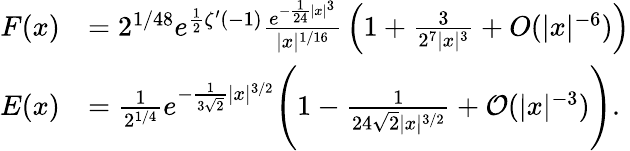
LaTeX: {\begin{array}{rl}{F(x)}&{=2^{1/48}e^{{\frac{1}{2}}\zeta^{\prime}(-1)}{\frac{e^{-{\frac{1}{24}}|x|^{3}}}{|x|^{1/16}}}\left(1+{\frac{3}{2^{7}|x|^{3}}}+O(|x|^{-6})\right)}\\ {E(x)}&{={\frac{1}{2^{1/4}}}e^{-{\frac{1}{3{\sqrt{2}}}}|x|^{3/2}}{\Biggl(}1-{\frac{1}{24{\sqrt{2}}|x|^{3/2}}}+{\cal{O}}(|x|^{-3}){\Biggr)}.}\end{array}}